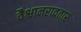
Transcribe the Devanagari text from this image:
वैश्वानरावतार